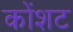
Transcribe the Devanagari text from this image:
कोंशट